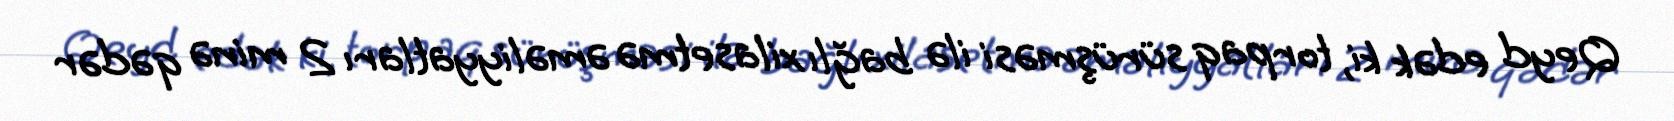
Qeyd edək ki, torpaq sürüşməsi ilə bağlı xilasetmə əməliyyatları 2 minə qədər